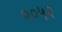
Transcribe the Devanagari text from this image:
००५२